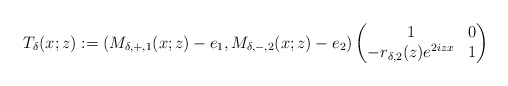
\begin{align*}T_{\delta}(x;z):=\left(M_{\delta,+,1}(x ;z)-e_1, M_{\delta,-,2}(x; z)-e_2\right)\begin{pmatrix}1 & 0 \\-r_{\delta,2}(z) e^{2izx} & 1\end{pmatrix}\end{align*}